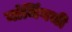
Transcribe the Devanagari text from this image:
नांजिंगची